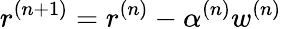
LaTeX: r^{(n+1)}=r^{(n)}-\alpha^{(n)}w^{(n)}